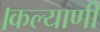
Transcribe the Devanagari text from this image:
।कल्याणी